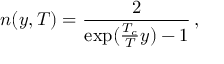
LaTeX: n ( y , T ) = \frac { 2 } { \exp ( \frac { T _ { c } } { T } y ) - 1 } \, ,